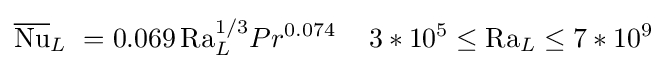
{\overline {\mathrm {Nu} }}_{L}\ =0.069\,\mathrm {Ra} _{L}^{1/3}Pr^{0.074}\,\quad 3*10^{5}\leq \mathrm {Ra} _{L}\leq 7*10^{9}